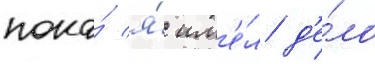
пока́ я́ им'е́л д'е́ло